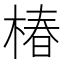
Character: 椿